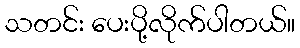
သတင်း ပေးပို့လိုက်ပါတယ်။